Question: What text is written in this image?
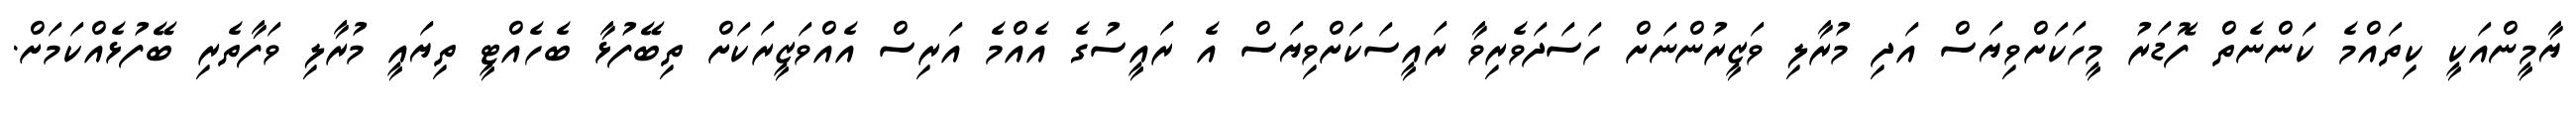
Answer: ޔާމީންއަކީ ކިތައްމެ ކަންނެތް ފޮޑަރު މީހަކަށްވިޔަސް އަދި މުރާލި ވަޒީރުންނަށް ހަސަދަވެރިވާ ރައީސަކަށްވިޔަސް އެ ރައީސުގެ އެއްމެ އަރިސް އެއްވަޒީރަކަށް ތިބޭފުޅާ ބެހެއްޓީ ތިޔައީ މުރާލި ވަފާތެރި ބޭފުޅެއްކަމަށް.